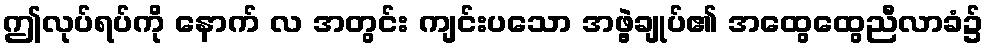
ဤလုပ်ရပ်ကို နောက် လ အတွင်း ကျင်းပသော အဖွဲ့ချုပ်၏ အထွေထွေညီလာခံ၌